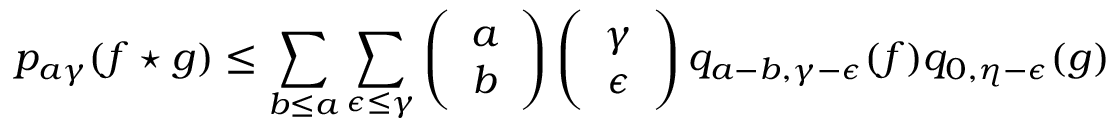
p _ { a \gamma } ( f \star g ) \leq \sum _ { b \leq a } \sum _ { \epsilon \leq \gamma } \left( \begin{array} { c } { { a } } \\ { { b } } \end{array} \right) \left( \begin{array} { c } { { \gamma } } \\ { { \epsilon } } \end{array} \right) q _ { a - b , \gamma - \epsilon } ( f ) q _ { 0 , \eta - \epsilon } ( g )